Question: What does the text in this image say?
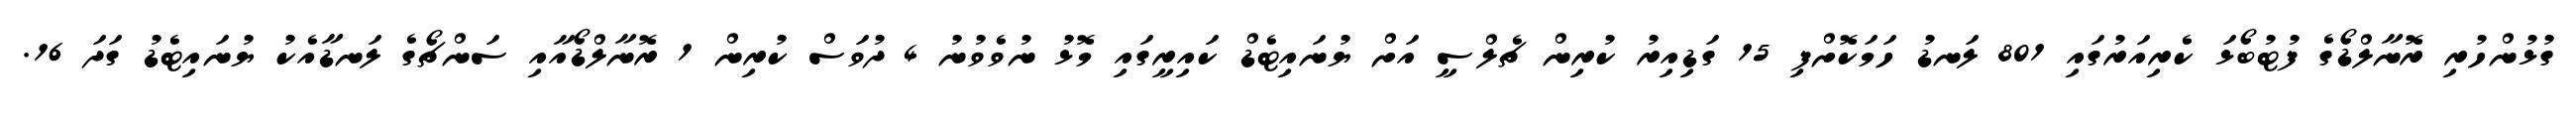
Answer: ގުޅުންހުރި ރޮނާލްޑޯގެ ފުޓުބޯޅަ ކެރިއަރުގައި 801 ލަނޑު ހަމަކޮށްފި 15 ގަޑިއިރު ކުރިން ޗެލްސީ އަށް ޔުނައިޓެޑް ކައިރީގައި މޮޅު ނުވެވުނު 4 ދުވަސް ކުރިން 1 ރޮނާލްޑޯއާއި ސަންޗޯގެ ލަނޑާއެކު ޔުނައިޓެޑު ގަދަ 16.